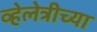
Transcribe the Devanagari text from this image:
व्हेलेत्रीच्या